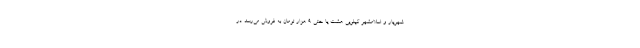
شهریار و اسلامشهر کیلویی هشت یا حتی ۹ هزار تومان به فروش می‌رسد. در